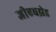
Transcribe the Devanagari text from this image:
जीएचझेड